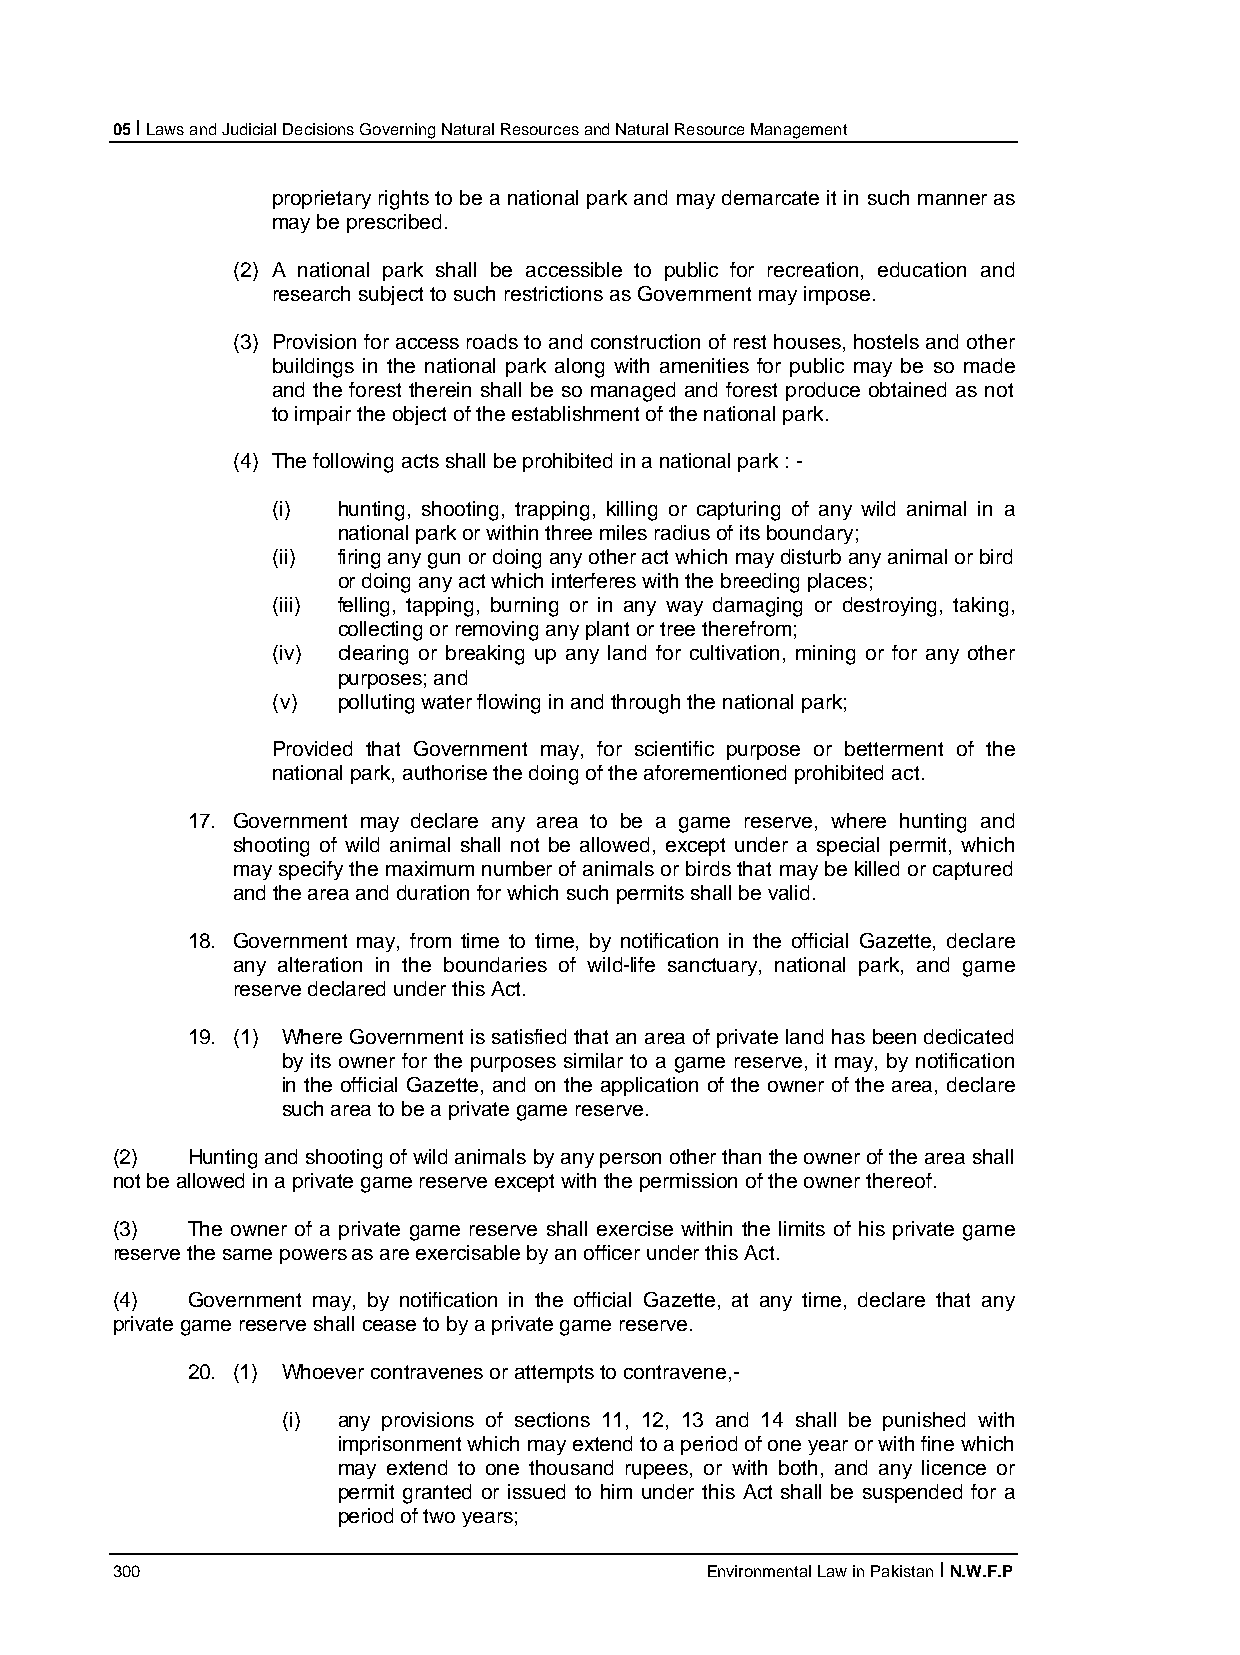
05 I Laws and Judicial Decisions Governing Natural Resources and Natural Resource Management
 proprietary rights to be a national park and may demarcate it in such manner as
 may be prescribed.
 (2) A national park shall be accessible to public for recreation, education and
 research subject to such restrictions as Government may impose.
 (3) Provision for access roads to and construction of rest houses, hostels and other
 buildings in the national park along with amenities for public may be so made
 and the forest therein shall be so managed and forest produce obtained as not
 to impair the object of the establishment of the national park.
 (4) The following acts shall be prohibited in a national park : -
 (i) hunting, shooting, trapping, killing or capturing of any wild animal in a
 national park or within three miles radius of its boundary;
 (ii) firing any gun or doing any other act which may disturb any animal or bird
 or doing any act which interferes with the breeding places;
 (iii) felling, tapping, burning or in any way damaging or destroying, taking,
 collecting or removing any plant or tree therefrom;
 (iv) clearing or breaking up any land for cultivation, mining or for any other
 purposes; and
 (v) polluting water flowing in and through the national park;
 Provided that Government may, for scientific purpose or betterment of the
 national park, authorise the doing of the aforementioned prohibited act.
 17. Government may declare any area to be a game reserve, where hunting and
 shooting of wild animal shall not be allowed, except under a special permit, which
 may specify the maximum number of animals or birds that may be killed or captured
 and the area and duration for which such permits shall be valid.
 18. Government may, from time to time, by notification in the official Gazette, declare
 any alteration in the boundaries of wild-life sanctuary, national park, and game
 reserve declared under this Act.
 19. (1) Where Government is satisfied that an area of private land has been dedicated
 by its owner for the purposes similar to a game reserve, it may, by notification
 in the official Gazette, and on the application of the owner of the area, declare
 such area to be a private game reserve.
 (2)  Hunting and shooting of wild animals by any person other than the owner of the area shall
 not be allowed in a private game reserve except with the permission of the owner thereof.
 (3)  The owner of a private game reserve shall exercise within the limits of his private game
 reserve the same powers as are exercisable by an officer under this Act.
 (4)  Government may, by notification in the official Gazette, at any time, declare that any
 private game reserve shall cease to by a private game reserve.
 20. (1) Whoever contravenes or attempts to contravene,-
 (i) any provisions of sections 11, 12, 13 and 14 shall be punished with
 imprisonment which may extend to a period of one year or with fine which
 may extend to one thousand rupees, or with both, and any licence or
 permit granted or issued to him under this Act shall be suspended for a
 period of two years;
 300                                     Environmental Law in Pakistan I N.W.F.P